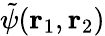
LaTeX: \tilde{\psi}(\mathbf{r}_{1},\mathbf{r}_{2})